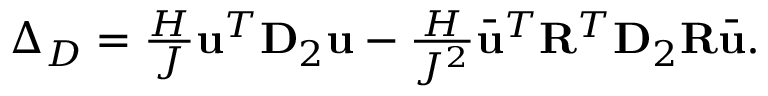
\begin{array} { r } { \Delta _ { D } = \frac { H } { J } \mathbf { u } ^ { T } \mathbf { D } _ { 2 } \mathbf { u } - \frac { H } { J ^ { 2 } } \bar { \mathbf { u } } ^ { T } \mathbf { R } ^ { T } \mathbf { D } _ { 2 } \mathbf { R } \bar { \mathbf { u } } . } \end{array}